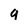
Character: q